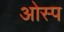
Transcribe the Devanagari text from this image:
ओस्प